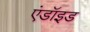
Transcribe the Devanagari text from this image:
एंडॉइड